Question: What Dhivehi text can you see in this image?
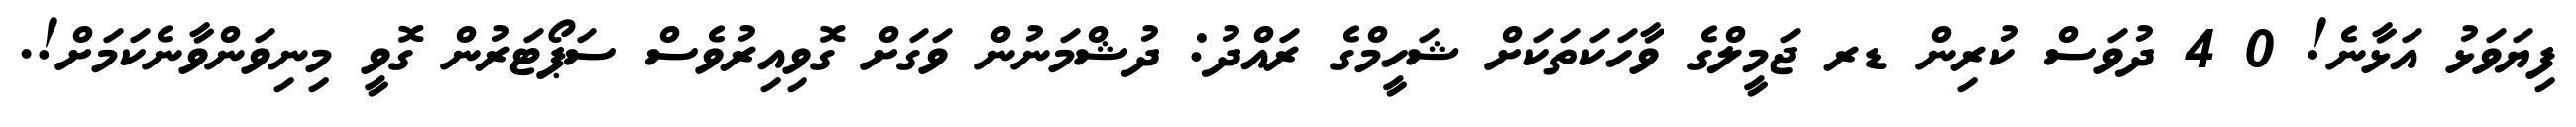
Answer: ފިޔަވަޅު އަޅާނެ! 0 4 ދުވަސް ކުރިން ޑރ ޖަމީލްގެ ވާހަކަތަކަށް ޝަހީމްގެ ރައްދު: ދުޝްމަނުން ވަގަށް ގޮވިއިރުވެސް ސަޕޯޓަރުން ގޮވީ މިނިވަންވާނެކަމަށް!.